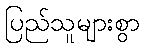
ပြည်သူများစွာ